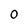
Character: 0